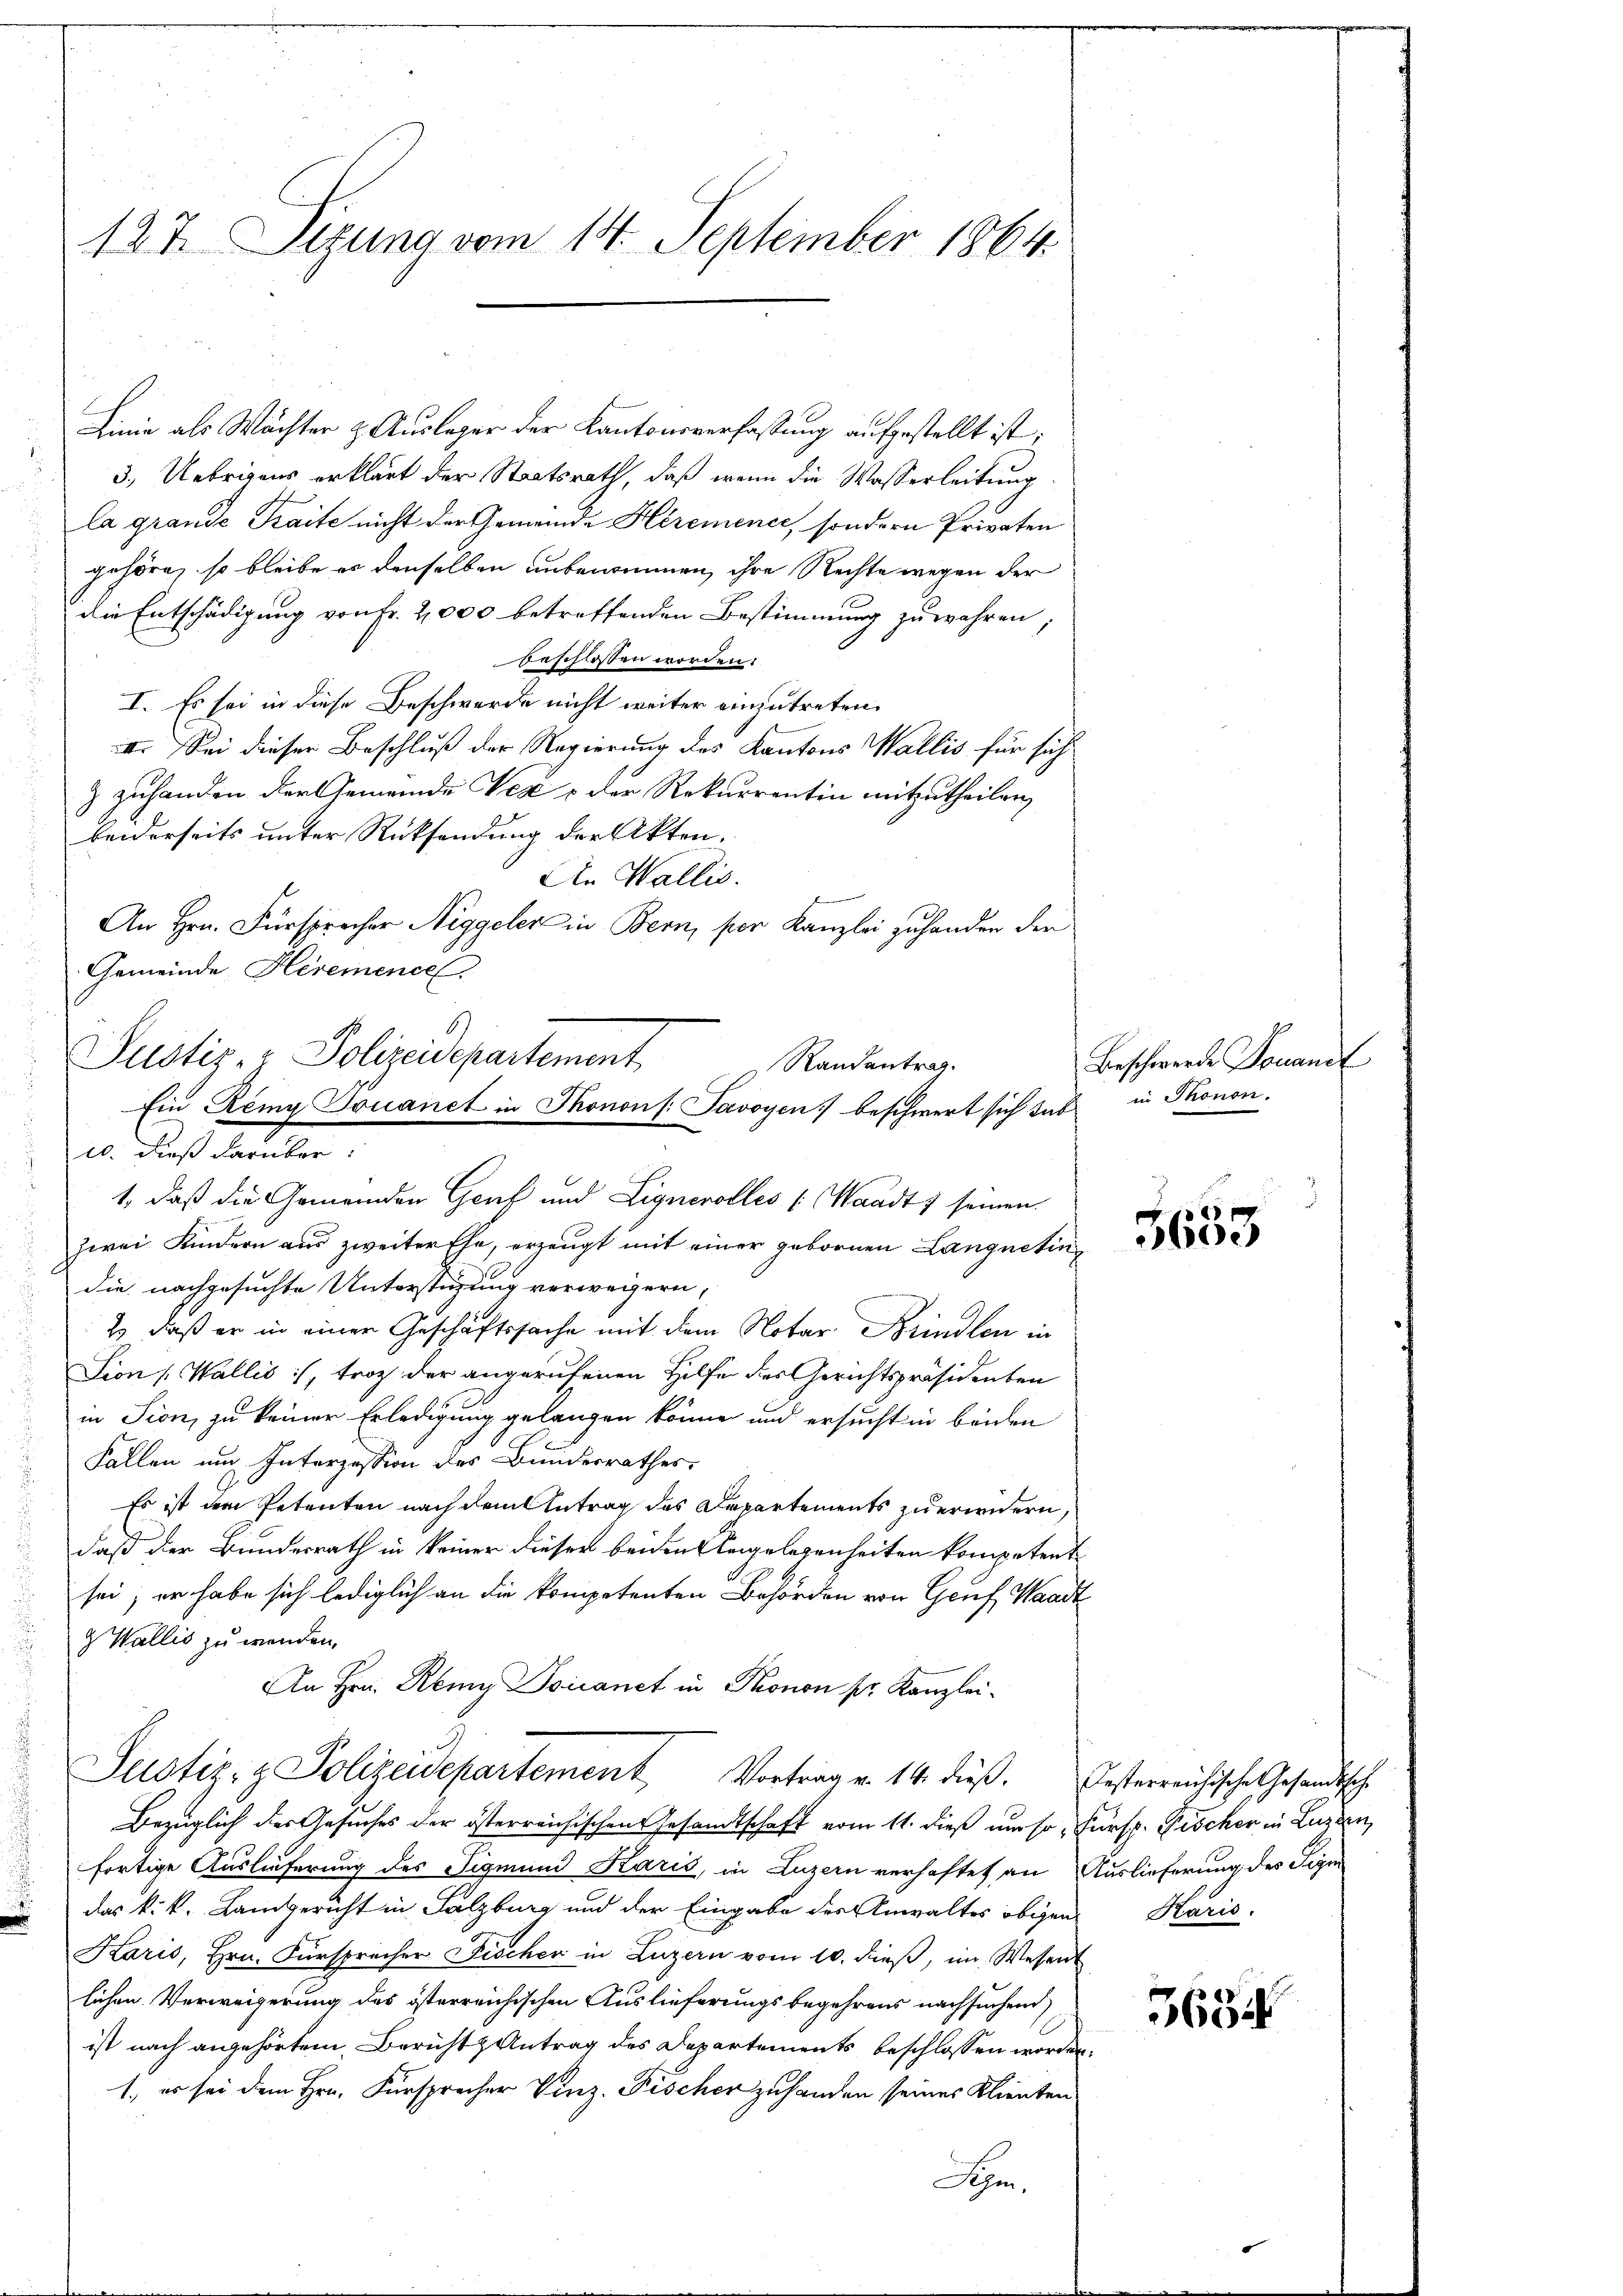
Linie als Wächter & Ausleger der Kantonsverfassung aufgestellt ist;
3.) Uebrigens erklärt der Staatsrath, daß wenn die Wasserleitung
la grande Kraite nicht der Gemeinde Héremener, sondern Privaten
gehöre, so bleibe es denselben unbenommen, ihre Rechte wegen der
die Entschädigung von Fr. 2000 betreffenden Bestimmung zu wahren;
beschlossen worden.
I. Es sei in diese Beschwerde nicht weiter einzutreten.
II. Sei dieser Beschluß der Regierung des Kantons Wallis für sich
 zuhanden der Gemeinde Vez & der Rekurrentin mitzutheilen,
beiderseits unter Rücksendung der Akten.
An Wallis.

An Hrn. Fürsprecher Niggeler in Bern, per Kanzlei zuhanden der
Gemeinde Heremence
1., daß die Gemeinden Genf und Lignerolles (Waadt) seinen
zwei Kindern aus zweiter Ehe, erzeugt mit einer gebornen Langnetin
die nachgesuchte Unterstüzung verweigern,
2) daß er in einer Geschäftssache mit dem Notar Brindlen in
Sion Wallis :/, trotz der angerufenen Hilfe des Gerichtspräsidenten
in Sion, zu keiner Erledigung gelangen könne und ersucht in beiden
Fallen und Interzession des Bundesrathes,
Es ist dem Petenten nach dem Antrag des Departements zuerwendern,
daß der Bundesrath in keiner dieser beiden Angelegenheiten kompetent
sei; er habe sich lediglich an die kompetenten Behörden von Genf, Waadt
 Wallis zu werden.
An Hrn. Abiy Douanet in Thonon pr. Kanzlei¬
Justiz- & Polizeidepartement, Vortrag v. 14. dieß. Ersterreichische Gesandtsche
Bezüglich des Gesuches der österreichischen Gesandtschaft vom 11. dieß um so, Fürsp. Fischer in Luzern,
fortige Auslieferung des Sigmund Karis, in Luzern verhaftet an Auslieferung des Sigi
 das k.k. Langericht in Salzburg und der Eingabe der Anwaltes obigen Karis.
Karis, Hrn. Fürsprecher Fischer in Luzern vom 10. dieß, im Wesent
lichen Verweigerung des österreichischen Auslieferungsbegehrens nachsuchen
ist nach angehörtem Berichts Antrag des Departements beschlossen worden.
1., es sei dem Hrn. Fürsprecher Vinz. Fischer zu handen seines Klienten
Sehen,

127. Sizung vom 14. September 1864.

Justiz- & Polizeidepartement
Randantrag.
Ein Remy Douanet in Monons: Savoyen beschwert sich tut in Thonon.
10. dieß darüber:

Beschwerde Douanel

6
3600

5634